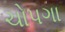
ચોપગા